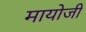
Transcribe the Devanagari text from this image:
मायोजी